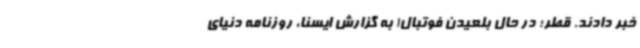
خبر دادند. قطر؛ در حال بلعیدن فوتبال! به گزارش ایسنا، روزنامه دنیای